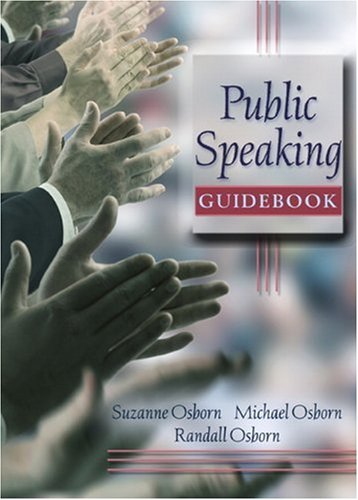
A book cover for Public Speaking Guidebook; Suzanne Osborn; Reference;